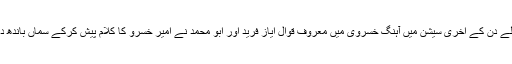
پہلے دن کے آخری سیشن میں آہنگ خسروی میں معروف قوال ایاز فرید اور ابو محمد نے امیر خسرو کا کلام پیش کرکے سماں باندھ دیا۔